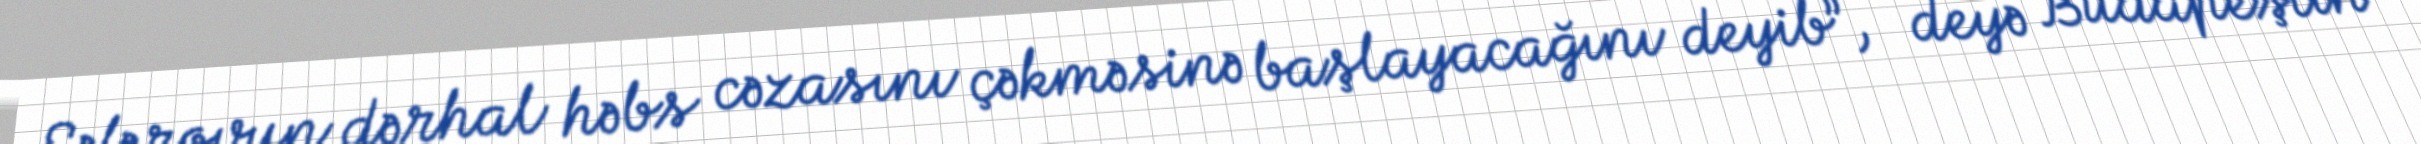
Səfərovun dərhal həbs cəzasını çəkməsinə başlayacağını deyib”, - deyə Budapeştin